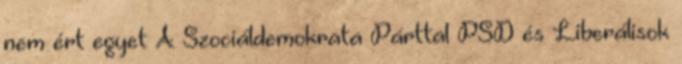
nem ért egyet A Szociáldemokrata Párttal PSD és Liberálisok